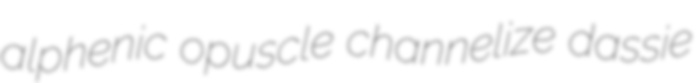
alphenic opuscle channelize dassie